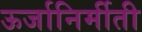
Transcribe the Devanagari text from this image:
ऊर्जानिर्मीती